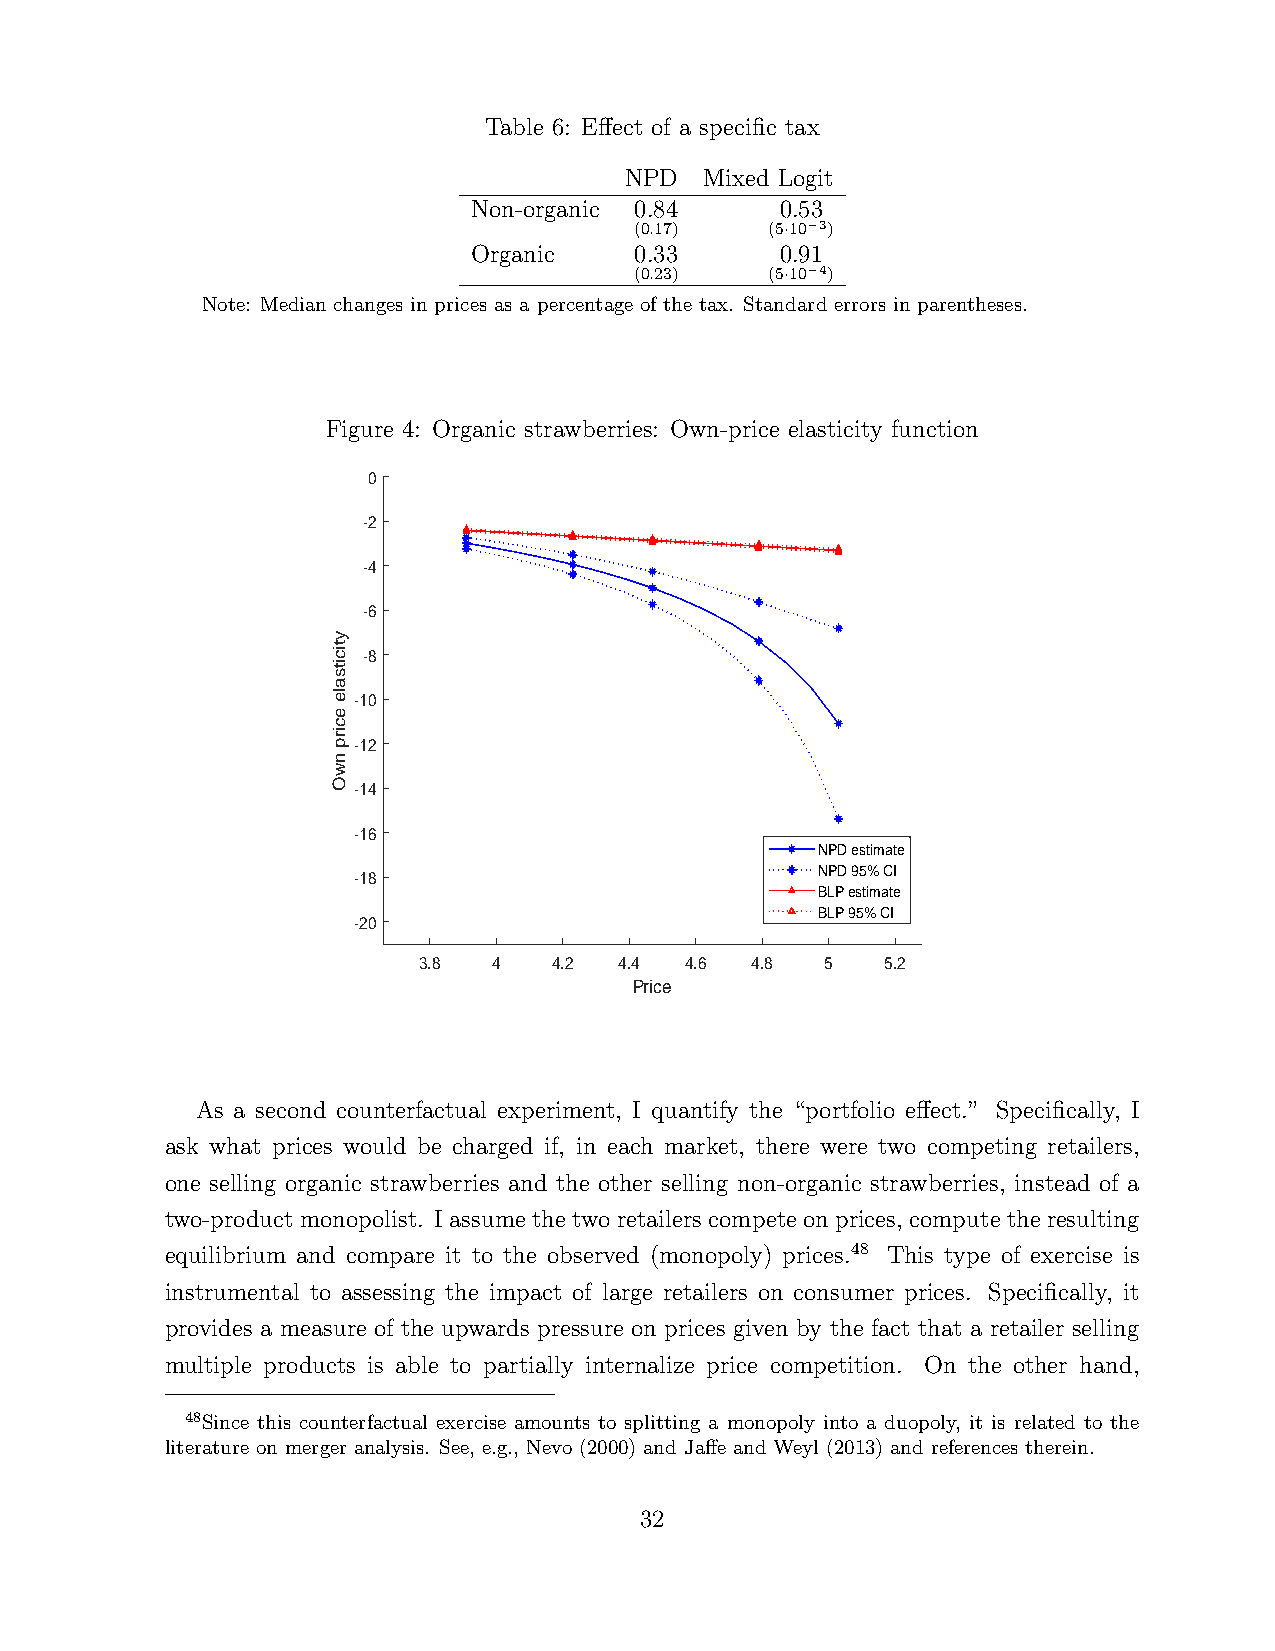
Table 6: Effect of a specific tax
 NPD   Mixed Logit
 Non-organic 0.84     0.53
 (0.17)   (5·10−3)
 Organic    0.33      0.91
 (0.23)   (5·10−4)
 Note: Median changes in prices as a percentage of the tax. Standard errors in parentheses.
 Figure 4: Organic strawberries: Own-price elasticity function
 0
 -2
 -4
 -6
 y
 tic
 -8
 its
 a
 le-10
 e
 c
 irp-12
 n
 w
 O-14
 -16
 NPD estimate
 NPD 95% CI
 -18
 BLP estimate
 BLP 95% CI
 -20
 3.8  4   4.2 4.4 4.6  4.8  5   5.2
 Price
 As a second counterfactual experiment, I quantify the “portfolio effect.” Specifically, I
 ask what prices would be charged if, in each market, there were two competing retailers,
 one selling organic strawberries and the other selling non-organic strawberries, instead of a
 two-product monopolist. I assume the two retailers compete on prices, compute the resulting
 equilibrium and compare it to the observed (monopoly) prices.48 This type of exercise is
 instrumental to assessing the impact of large retailers on consumer prices. Specifically, it
 provides a measure of the upwards pressure on prices given by the fact that a retailer selling
 multiple products is able to partially internalize price competition. On the other hand,
 48Since this counterfactual exercise amounts to splitting a monopoly into a duopoly, it is related to the
 literature on merger analysis. See, e.g., Nevo (2000) and Jaffe and Weyl (2013) and references therein.
 32